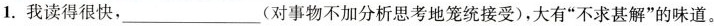
1.我读得很快，___(对事物不加分析思考地笼统接受)，大有”不求甚解”的味道。